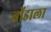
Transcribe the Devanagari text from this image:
बोंडाला